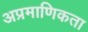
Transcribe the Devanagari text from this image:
अप्रमाणिकता